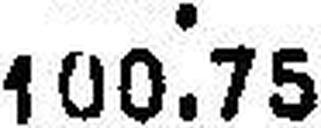
100.75